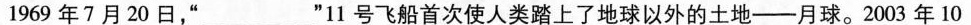
1969年7月20日，”___”11号飞船首次使人类踏上了地球以外的土地——月球。2003年10